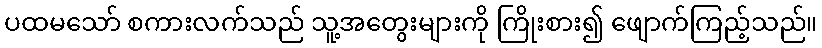
ပထမသော် စကားလက်သည် သူ့အတွေးများကို ကြိုးစား၍ ဖျောက်ကြည့်သည်။